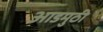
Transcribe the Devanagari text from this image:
आडमुठी